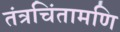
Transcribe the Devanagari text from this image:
तंत्रचिंतामणि